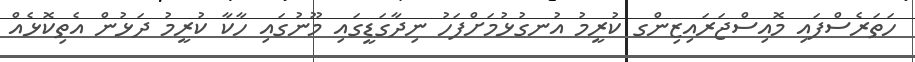
ހަތަރެސްފައި މޮއިސްޖަރައިޒިންގ ކުރީމު އުނގުޅުމަށްފަހު ނިދާގަޑީގައި މޫނުގައި ހާކާ ކުރީމު ދަޅުން އެތިކޮޅެއް